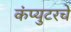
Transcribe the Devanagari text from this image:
कंप्युटरचे